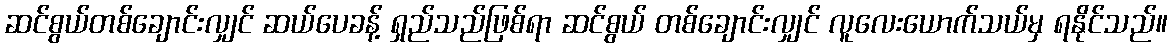
ဆင်စွယ်တစ်ချောင်းလျှင် ဆယ်ပေခန့် ရှည်သည်ဖြစ်ရာ ဆင်စွယ် တစ်ချောင်းလျှင် လူလေးယောက်သယ်မှ ရနိုင်သည်။